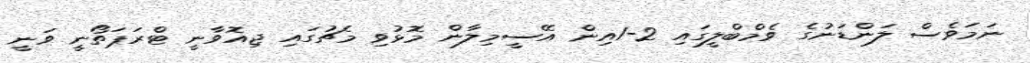
ނަމަވެސް ލަންޑަނުގެ ވެމްބްލީގައި 2-1އިން އޭސީމިލާން މޮޅުވި މެޗުގައި ޖިއޮވާނީ ޓްރަޕަތޯނީ ވަނީ